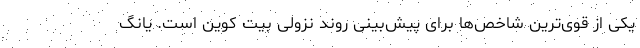
یکی از قوی‌ترین شاخص‌ها برای پیش‌بینی روند نزولی بیت کوین است. یانگ